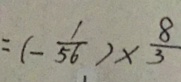
= ( - \frac { 1 } { 5 6 } ) \times \frac { 8 } { 3 }